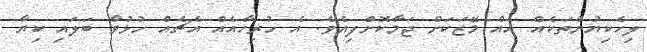
ލިހެކިޔުންތަކެއް އެއް މޭޒަކަށް ޖަމާކޮށްފިއެވެ. އެ ހުރިހާއެއް އެޗެއް ހުޅުވާ ބަލައި ކިޔާ